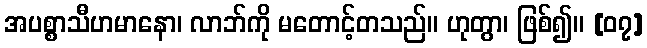
အပစ္စာသီဟမာနော၊ လာဘ်ကို မတောင့်တသည်။ ဟုတွာ၊ ဖြစ်၍။ [၀၇]